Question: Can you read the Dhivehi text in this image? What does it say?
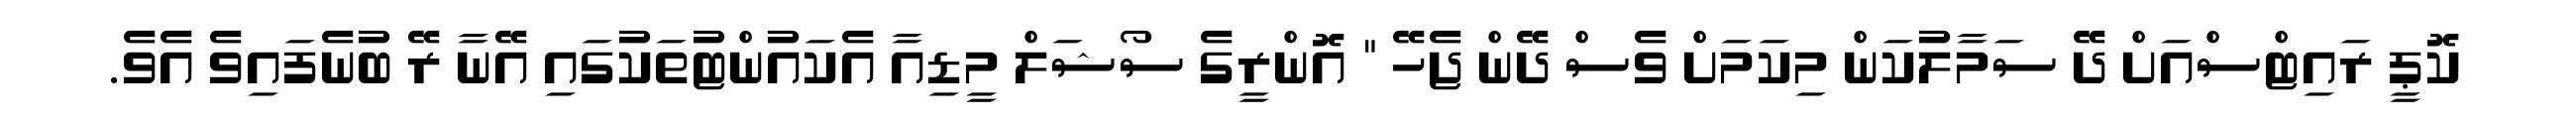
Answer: ކޮޕީ ރައިޓްސްއަށް ދޭ ސަމާލުކަން މިކަމަށް ވެސް ދޭން ޖެހޭ " އޮންރީގެ ސޯޝަލް މީޑިއާ އެކައުންޓުތަކުގައި އޭނާ ރޭ ބުނެފައިވެ އެވެ.